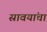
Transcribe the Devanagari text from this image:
स्रावयांचा